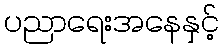
ပညာရေးအနေနှင့်